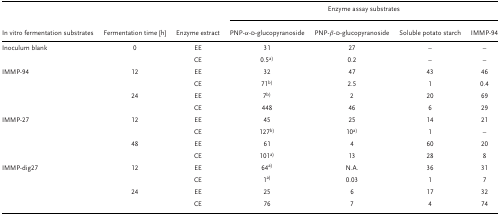
|  |  |  | <COLSPAN=4> Enzyme assay substrates |
 | In vitro fermentation substrates | Fermentation time [h] | Enzyme extract | PNP‐α‐d‐glucopyranoside | PNP‐β‐d‐glucopyranoside | Soluble potato starch | IMMP‐94 |
 | --- | --- | --- | --- | --- | --- | --- |
 | Inoculum blank | 0 | EE | 31 | 27 | – | – |
 |  |  | CE | 0.5a | 0.2 | – | – |
 | IMMP‐94 | 12 | EE | 32 | 47 | 43 | 46 |
 |  |  | CE | 71b) | 2.5 | 1 | 0.4 |
 |  | 24 | EE | 7b) | 2 | 20 | 69 |
 |  |  | CE | 448 | 46 | 6 | 29 |
 | IMMP‐27 | 12 | EE | 45 | 25 | 14 | 21 |
 |  |  | CE | 127b) | 10a | 1 | – |
 |  | 48 | EE | 61 | 4 | 60 | 20 |
 |  |  | CE | 101a | 13 | 28 | 8 |
 | IMMP‐dig27 | 12 | EE | 64a | N.A. | 36 | 31 |
 |  |  | CE | 1a | 0.03 | 1 | 7 |
 |  | 24 | EE | 25 | 6 | 17 | 32 |
 |  |  | CE | 76 | 7 | 4 | 74 |